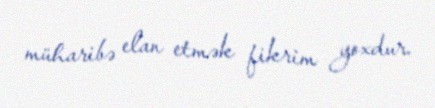
müharibə elan etmək fikrim yoxdur.